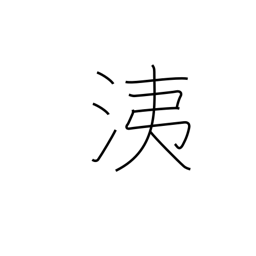
Meaning: nasal discharge